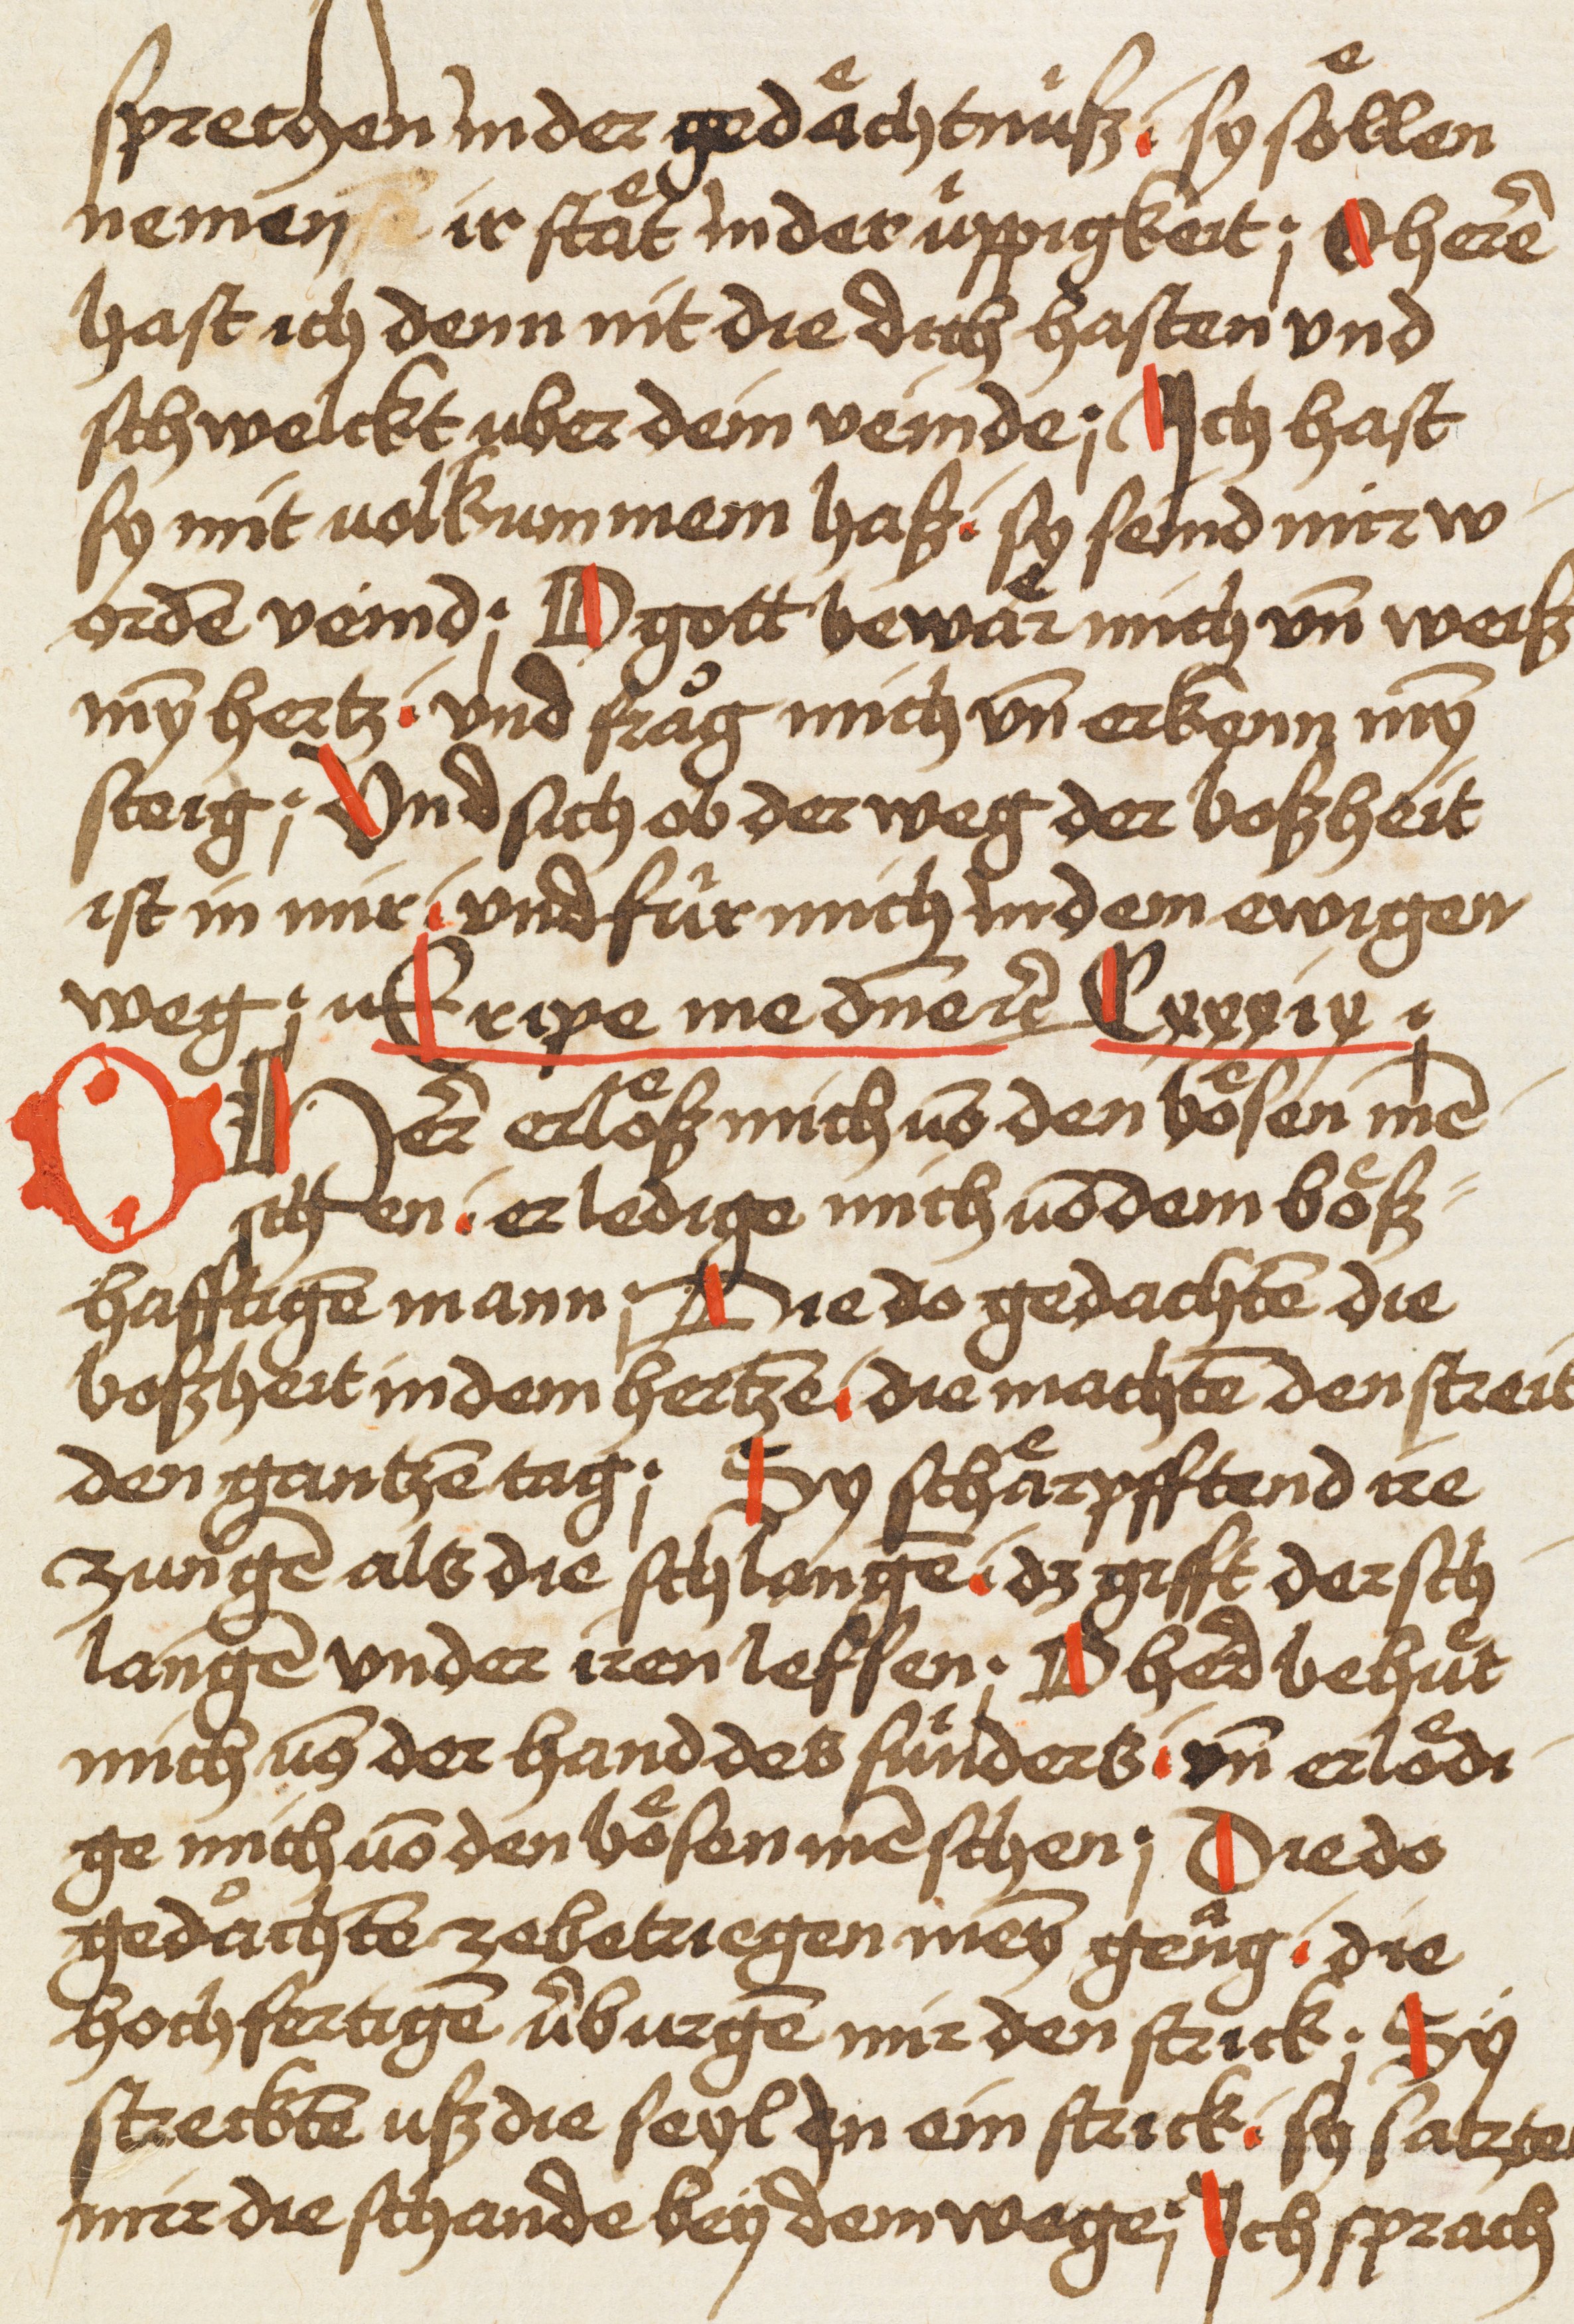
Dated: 1480–1480